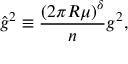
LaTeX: \hat { g } ^ { 2 } \equiv \frac { ( 2 \pi R \mu ) ^ { \delta } } { n } g ^ { 2 } ,